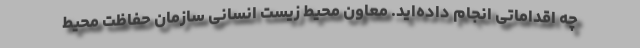
چه اقداماتی انجام داده‌اید. معاون محیط‌ زیست انسانی سازمان حفاظت محیط‌